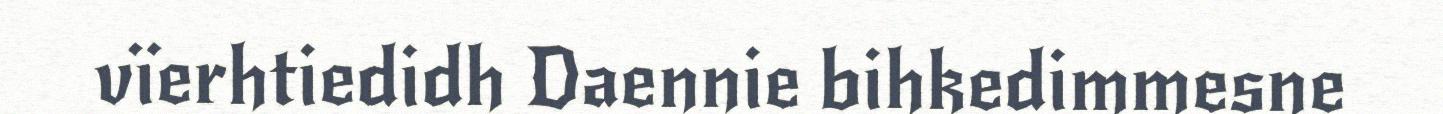
vïerhtiedidh Daennie bihkedimmesne